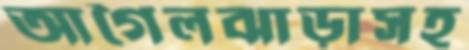
আগৈলঝাড়াসহ